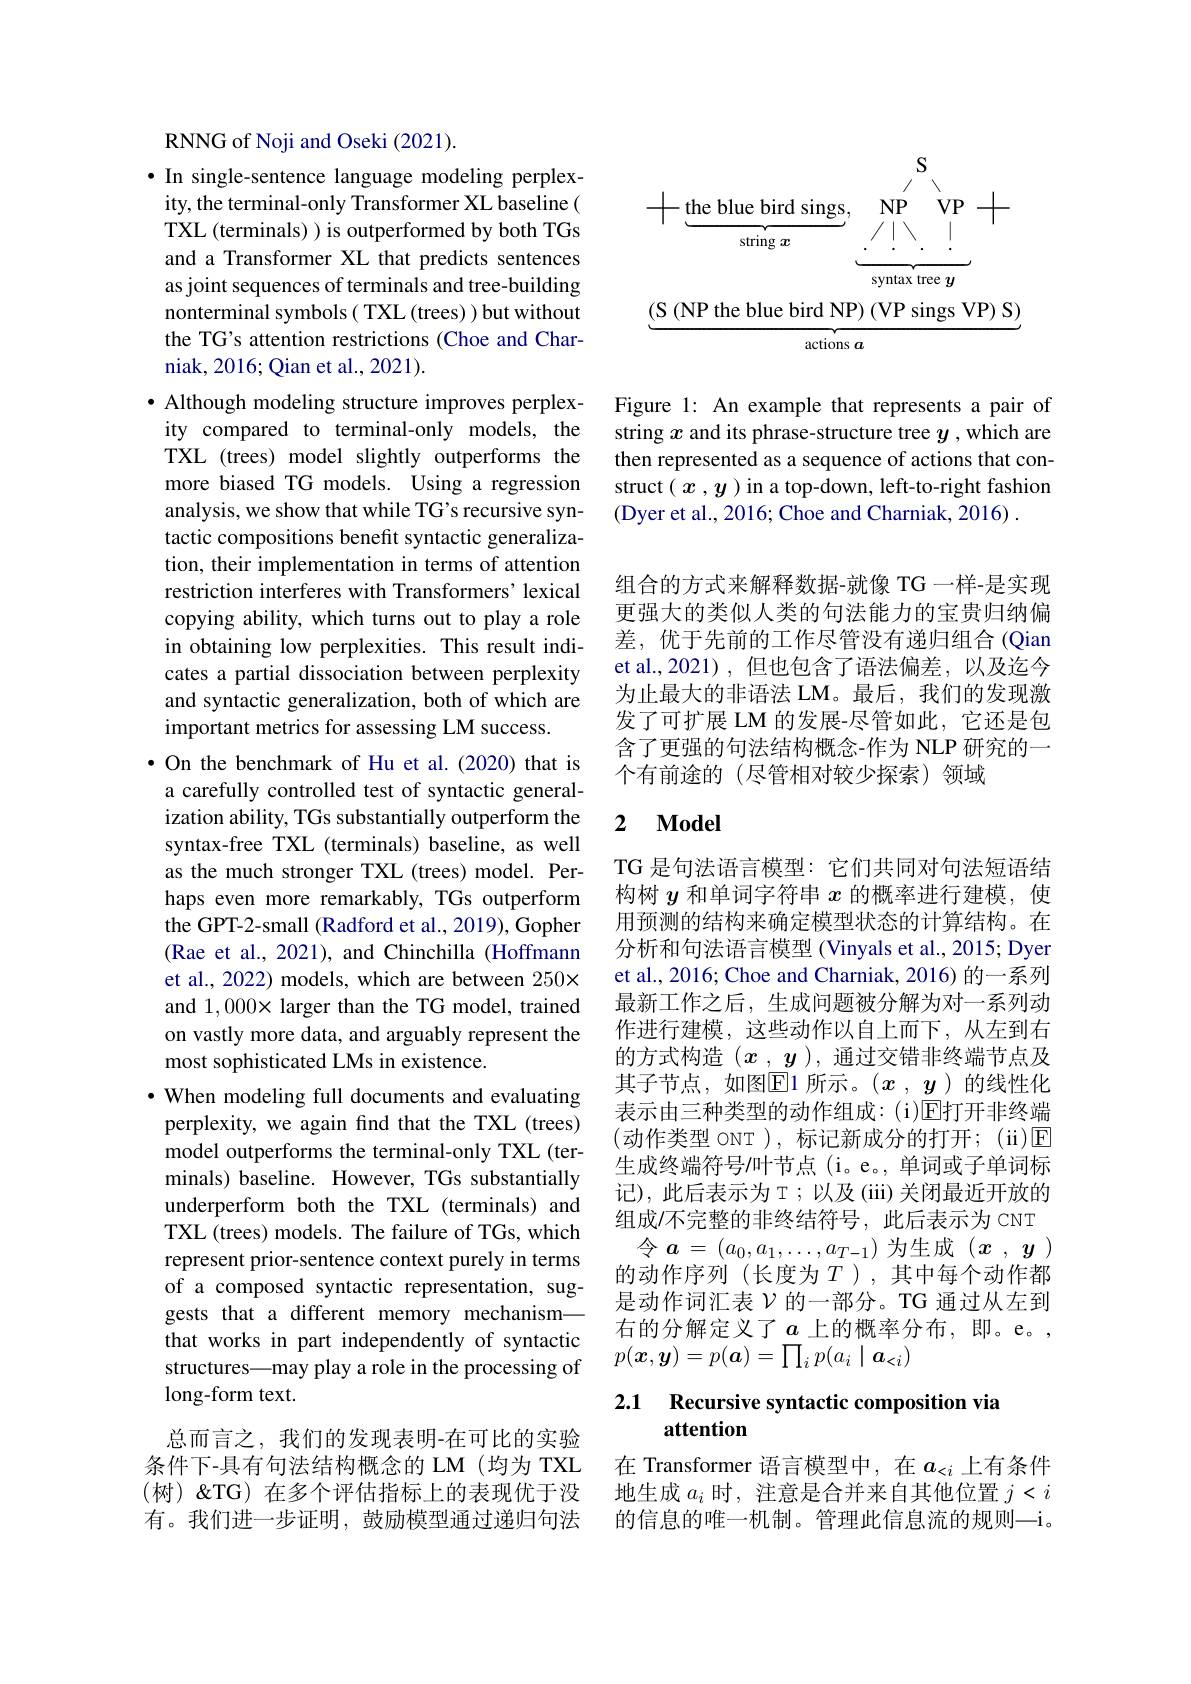
RNNG of Noji and Oseki (2021).

$\bullet$ In single-sentence language modeling perplexity, the terminal-only Transformer XL baseline( TXL (terminals) ) is outperformed by both TGs and a Transformer XL that predicts sentences as joint sequences of terminals and tree-building nonterminal symbols( TXL (trees) ) but without the TG's attention restrictions (Choe and Charniak, 2016; Qian et al., 2021).
$\bullet$ Although modeling structure improves perplexity compared to terminal-only models, the TXL (trees) model slightly outperforms the more biased TG models. Using a regression analysis, we show that while TG's recursive syntactic compositions benefit syntactic generalization, their implementation in terms of attention restriction interferes with Transformers'lexical copying ability, which turns out to play a role in obtaining low perplexities. This result indicates a partial dissociation between perplexity and syntactic generalization, both of which are important metrics for assessing LM success.
·On the benchmark of Hu et al.(2020) that is a carefully controlled test of syntactic generalization ability, TGs substantially outperform the syntax-free TXL (terminals) baseline, as well as the much stronger TXL (trees) model. Perhaps even more remarkably, TGs outperform the GPT-2-small (Radford et al., 2019), Gopher (Rae et al., 2021), and Chinchilla (Hoffmann et al., 2022) models, which are between 250× and $1,000\times$ larger than the TG model, trained on vastly more data, and arguably represent the most sophisticated LMs in existence.
$\bullet$ When modeling full documents and evaluating perplexity, we again find that the TXL (trees) model outperforms the terminal-only TXL (terminals) baseline. However, TGs substantially underperform both the TXL (terminals) and TXL (trees) models. The failure of TGs, which represent prior-sentence context purely in terms of a composed syntactic representation, suggests that a different memory mechanismthat works in part independently of syntactic structures—may play a role in the processing of long-form text.
总而言之，我们的发现表明-在可比的实验条件下-具有句法结构概念的 LM (均为 TXL (树)&TG)在多个评估指标上的表现优于没

有。我们进一步证明，鼓励模型通过递归句法

<FigureHere>

Figure 1: An example that represents a pair of string $x$ and its phrase-structure tree $y$ ,which are then represented as a sequence of actions that construct $(x,y)$ in a top-down, left-to-right fashion (Dyer et al., 2016; Choe and Charniak, 2016)~.

组合的方式来解释数据-就像 TG 一样-是实现更强大的类似人类的句法能力的宝贵归纳偏差，优于先前的工作尽管没有递归组合(Qian et al.,2021),但也包含了语法偏差，以及迄今为止最大的非语法 LM。最后，我们的发现激发了可扩展 LM 的发展-尽管如此，它还是包含了更强的句法结构概念-作为 NLP 研究的一个有前途的(尽管相对较少探索)领域

## 2 $\mathbf{Model}$

TG 是句法语言模型：它们共同对句法短语结构树$y$和单词字符串$x$的概率进行建模，使用预测的结构来确定模型状态的计算结构。在分析和句法语言模型 (Vinyals et al., 2015; Dyer et al., 2016; Choe and Charniak, 2016) 的一系列最新工作之后，生成问题被分解为对一系列动作进行建模，这些动作以自上而下，从左到右的方式构造$(\boldsymbol{x},\boldsymbol{y})$,通过交错非终端节点及其子节点，如图$\operatorname{E}$1 所示。$(x,y)$ 的线性化表示由三种类型的动作组成：(i)E打开非终端(动作类型 ONT ), 标记新成分的打开；(ii)E 生成终端符号/叶节点(i。e。,单词或子单词标记),此后表示为T；以及(iii)关闭最近开放的组成/不完整的非终结符号，此后表示为 CNT
令$a=(a_0,a_1,\ldots,a_{T-1})$为生成$(x,y)$ 的动作序列(长度为$T$ ),其中每个动作都是动作词汇表$\mathcal{V}$的一部分。TG 通过从左到右的分解定义了$a$上的概率分布，即。e。, $p(\boldsymbol{x},\boldsymbol{y})=p(\boldsymbol{a})=\prod_ip(a_i\mid\boldsymbol{a}_{<i})$

# 2.1 Recursive syntactic composition via attention

在 Transformer 语言模型中，在$a_{<i}$上有条件地生成$a_i$时，注意是合并来自其他位置$j<i$ 的信息的唯一机制。管理此信息流的规则—i。